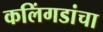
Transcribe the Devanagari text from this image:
कलिंगडांचा